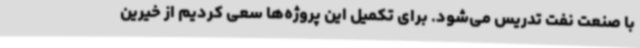
با صنعت نفت تدریس می‌شود. برای تکمیل این پروژه‌ها سعی کردیم از خیرین